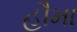
હૌમા